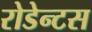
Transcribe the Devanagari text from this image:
रोडेन्टस